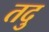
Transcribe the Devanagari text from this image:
तदु